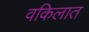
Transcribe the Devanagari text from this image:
वकिलात